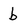
Character: b